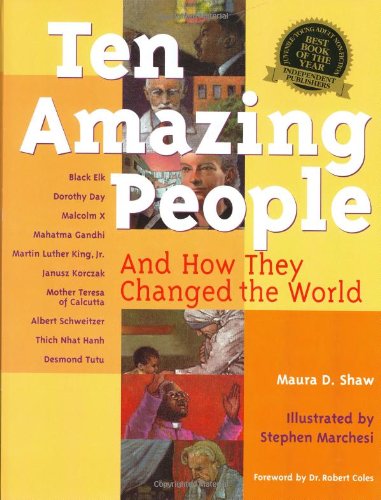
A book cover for Ten Amazing People: And How They Changed the World; Maura D. Shaw; Children's Books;